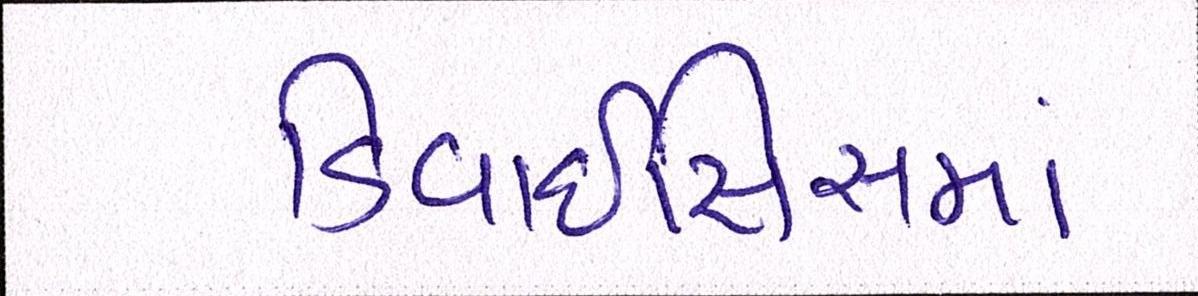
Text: ડિવાઇસિસમાં